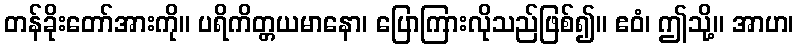
တန်ခိုးတော်အားကို။ ပရိကိတ္တယမာနော၊ ပြောကြားလိုသည်ဖြစ်၍။ ဧဝံ၊ ဤသို့။ အာဟ၊